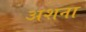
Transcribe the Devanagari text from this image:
अशना